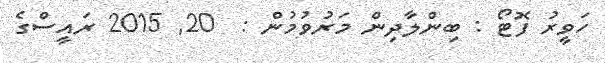
ހަވީރު ފޮޓޯ : ބިންލާދިން މަރުވުމުން :  20